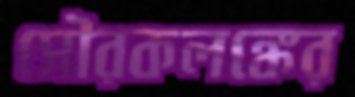
সৌরকলঙ্কের